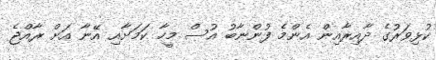
ކުޅިވަރުގެ ދާއިރާއިން އެންމެ ފުންނާބު އުސް މީހާ ކަމަށާއި އޭނާ އަށް ރާއްޖެ